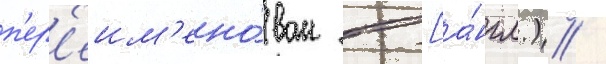
п'ер'еим'ено́ван в [а́нгл.) /